Annual administration report of the Civil Veterinary Department of India - 1895-1896
Year: 1895
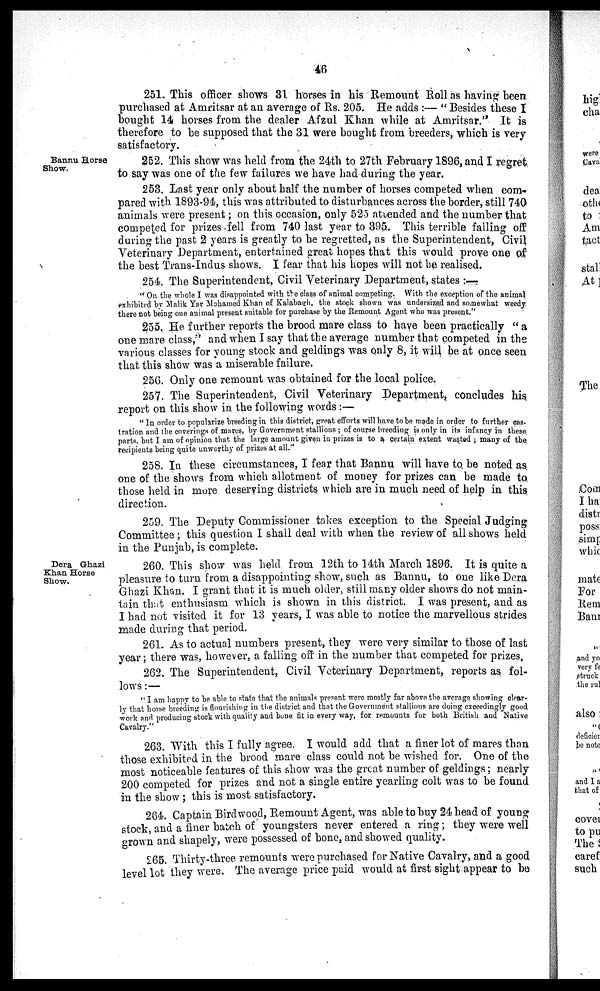
46
251. This officer shows 31 horses in his Remount Roll as having been
purchased at Amritsar at an average of Rs. 205. He adds:— " Besides these I
bought 14 horses from the dealer Afzul Khan while at Amritsar." It is
therefore to be supposed that the 31 were bought from breeders, which is very-
satisfactory.
Bannu Horse
Show.
252. This show was held from the 24th to 27th February 1896, and I regret
to say was one of the few failures we have had during the year.
253. Last year only about half the number of horses competed when com-
pared with 1893-94, this was attributed to disturbances across the border, still 740
animals were present; on this occasion, only 525 attended and the number that
competed for prizes fell from 740 last year to 395. This terrible falling off
during the past 2 years is greatly to be regretted, as the Superintendent, Civil
Veterinary Department, entertained great hopes that this would prove one of
the best Trans-Indus shows. I fear that his hopes will not be realised.
254. The Superintendent, Civil Veterinary Department, states:—
"On the whole I was disappointed with the class of animal competing. With the exception of the animal
exhibited by Malik Yar Mohamed Khan of Kalabagh, the stock shown was undersized and somewhat weedy
there not being one animal present suitable for purchase by the Remount Agent who was present."
255. He further reports the brood mare class to have been practically "a
one mare class," and when I say that the average number that competed in the
various classes for young stock and geldings was only 8, it will be at once seen
that this show was a miserable failure.
256. Only one remount was obtained for the local police.
257. The Superintendent, Civil Veterinary Department, concludes his
report on this show in the following words:—
"In order to popularize breeding in this district, great efforts will have to be made in order to further cas-
tration and the coverings of mares, by Government stallions; of course breeding is only in its infancy in these
parts, but I am of opinion that the large amount given in prizes is to a certain extent wasted; many of the
recipients being quite unworthy of prizes at all."
258. In these circumstances, I fear that Bannu will have to be noted as
one of the shows from which allotment of money for prizes can be made to
those held in more deserving districts which are in much need of help in this
direction.
259. The Deputy Commissioner takes exception to the Special Judging
Committee; this question I shall deal with when the review of all shows held
in the Punjab, is complete.
Dera Ghazi
Khan Horse
Show.
260. This show was held from 12th to 14th March 1896. It is quite a
pleasure to turn from a disappointing show, such as Bannu, to one like Dera
Ghazi Khan. I grant that it is much older, still many older shows do not main-
tain that enthusiasm which is shown in this district. I was present, and as
I had not visited it for 13 years, I was able to notice the marvellous strides
made during that period.
261. As to actual numbers present, they were very similar to those of last
year; there was, however, a falling off in the number that competed for prizes.
262. The Superintendent, Civil Veterinary Department, reports as fol-
lows:—
"I am happy to be able to state that the animals present were mostly far above the average showing clear-
ly that horse breeding is flourishing in the district and that the Government stallions are doing exceedingly good
work and producing stock with quality and bone fit in every way, for remounts for both British and Native
Cavalry."
263. With this I fully agree. I would add that a finer lot of mares than
those exhibited in the brood mare class could not be wished for. One of the
most noticeable features of this show was the great number of geldings; nearly
200 competed for prizes and not a single entire yearling colt was to be found
in the show; this is most satisfactory.
264. Captain Birdwood, Remount Agent, was able to buy 24 head of young
stock, and a finer batch of youngsters never entered a ring; they were well
grown and shapely, were possessed of bone, and showed quality.
265. Thirty-three remounts were purchased for Native Cavalry, and a good
level lot they were. The average price paid would at first sight appear to be